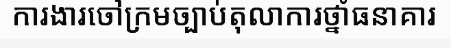
ការងារចៅក្រមច្បាប់តុលាការថ្នាំធនាគារ